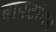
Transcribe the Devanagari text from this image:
बापटांवर